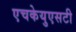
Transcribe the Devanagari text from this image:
एचकेयुएसटी